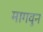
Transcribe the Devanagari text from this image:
मागवुन